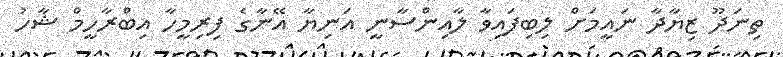
ތިނަދޫ ޒިޔާދާ ނައީމަށް ލިބިފައިވާ ލާއިންސާނީ އަނިޔާ އޭނާގެ ފިރިމީހާ އިބްރާހީމް ޝާހު